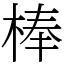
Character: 棒